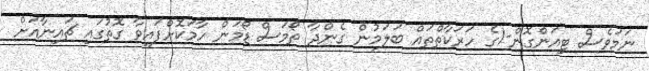
ނަމަވެސް ޓިއަންގޮން-1ގެ ހަރަކާތްތައް ބަލަމުން ގެންދާ ތޯމަސް ޑޯމަން ހާމަކޮށްފައިވާ ގޮތުގައި ޗައިނާއަށް